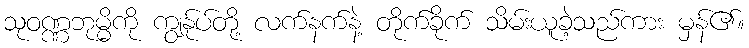
သုဝဏ္ဏဘုမ္မိကို ကျွန်ုပ်တို့ လက်နက်နဲ့ တိုက်ခိုက် သိမ်းယူခဲ့သည်ကား မှန်၏။